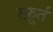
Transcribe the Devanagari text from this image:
स्फ़ूर्त